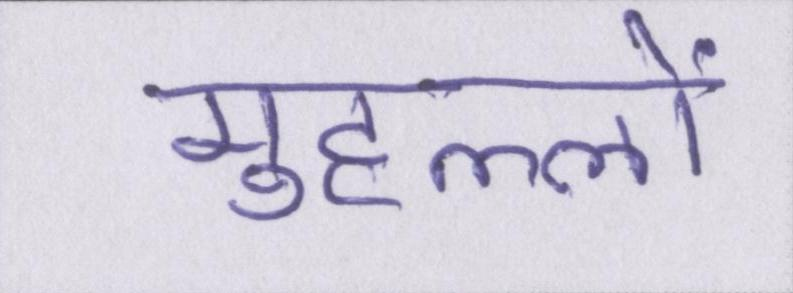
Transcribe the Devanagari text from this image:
मुहल्लों